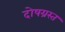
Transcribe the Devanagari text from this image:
दोषग्रस्त